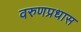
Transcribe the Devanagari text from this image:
वरुणप्रधास